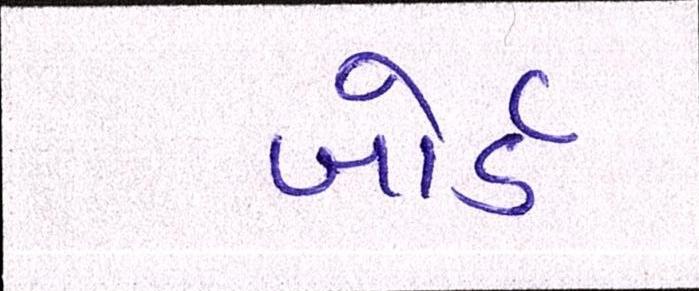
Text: બોર્ડ